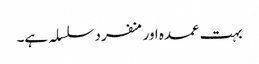
بہت عمدہ اورمنفرد سلسلہ ہے۔